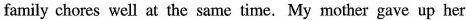
family chores well at the same time.My mother gave up her